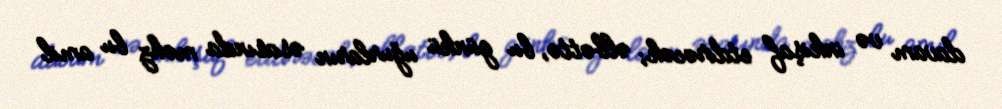
davam və inkişaf etdirəcək; əlbəttə, bu günkü uğurların əsasında məhz bu amil